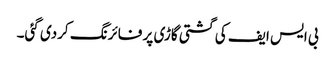
بی ایس ایف کی گشتی گاڑی پر فائرنگ کردی گئی۔